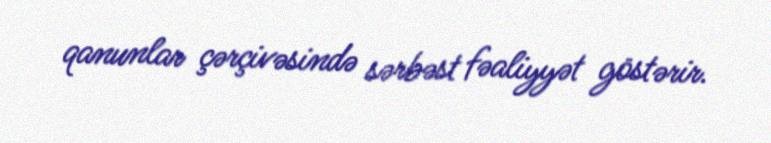
qanunlar çərçivəsində sərbəst fəaliyyət göstərir.